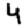
Digit: 4